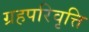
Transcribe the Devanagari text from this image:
ग्रहपरिवृत्ति